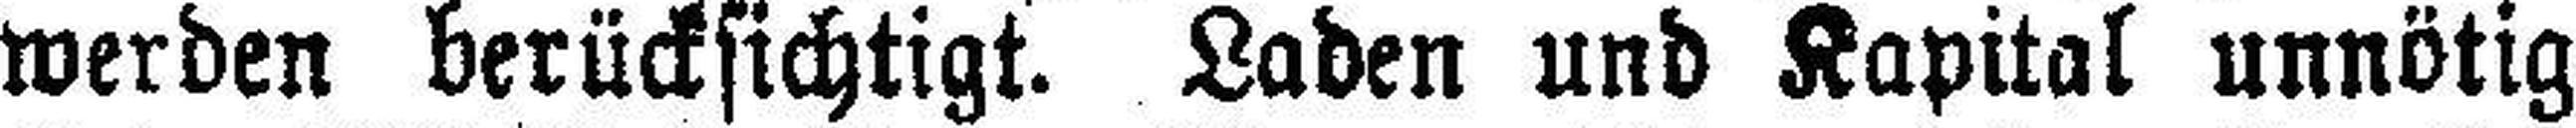
werden berücksichtigt. Laden und Kapital unnötig